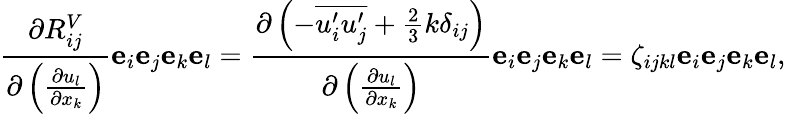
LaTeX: \frac{\partial R_{ij}^{V}}{\partial\left(\frac{\partial u_{l}}{\partial x_{k}}\right)}\mathbf{e}_{i}\mathbf{e}_{j}\mathbf{e}_{k}\mathbf{e}_{l}=\frac{\partial\left(-\overline{{u_{i}^{\prime}u_{j}^{\prime}}}+\frac{2}{3}k\delta_{ij}\right)}{\partial\left(\frac{\partial u_{l}}{\partial x_{k}}\right)}\mathbf{e}_{i}\mathbf{e}_{j}\mathbf{e}_{k}\mathbf{e}_{l}=\zeta_{ijkl}\mathbf{e}_{i}\mathbf{e}_{j}\mathbf{e}_{k}\mathbf{e}_{l},